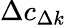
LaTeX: \Delta c_{\Delta k}